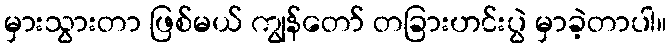
မှားသွားတာ ဖြစ်မယ် ကျွန်တော် တခြားဟင်းပွဲ မှာခဲ့တာပါ။